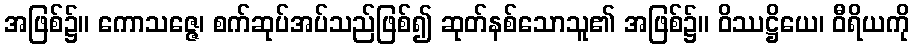
အဖြစ်၌။ ကောသဇ္ဇေ၊ စက်ဆုပ်အပ်သည်ဖြစ်၍ ဆုတ်နစ်သောသူ၏ အဖြစ်၌။ ဝိဿဋ္ဌိယေ၊ ဝီရိယကို